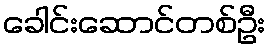
ခေါင်းဆောင်တစ်ဦး